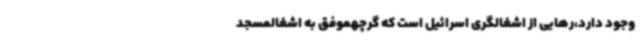
وجود دارد،رهایی از اشغالگری اسرائیل است که گرچهموفق به اشغالمسجد